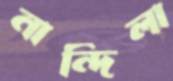
নান্দিলা